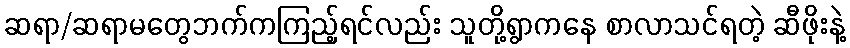
ဆရာ/ဆရာမတွေဘက်ကကြည့်ရင်လည်း သူတို့ရွာကနေ စာလာသင်ရတဲ့ ဆီဖိုးနဲ့